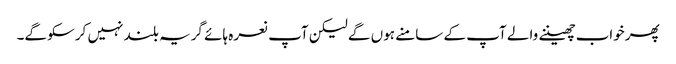
پھرخواب چھیننے والے آپ کے سامنے ہوں گے لیکن آپ نعرہ ہائے گریہ بلند نہیں کرسکو گے۔